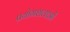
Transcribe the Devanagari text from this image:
प्रयोगशलाओं